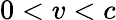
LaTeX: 0<v<c